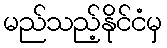
မည်သည့်နိုင်ငံမှ